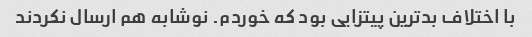
با اختلاف بدترین پیتزایی بود که خوردم. نوشابه هم ارسال نکردند